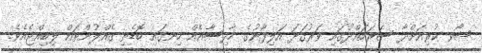
ޝޯވ ކުރިއަށްދާ ސަރަހައްދުގައި ވަރުގަދަ އަލިފާނުގެ ހާދިސާއެއް ހިނގައި ބޮޑެތި ގެއްލުންތައް ލިބިއްޖެއެވެ.